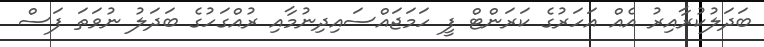
ބަދަލުކުރާއިރު އެއް އަހަރުގެ ކަރަންޓް ފީ ހަމަޖައްސައިދިނުމާއި ރުއްގަހުގެ ބަދަލު ނުވަތަ ފަސް